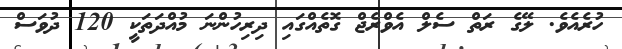
ހުރެއެވެ. ލޭގެ ރަތް ސެލް އެވްރެޖް ގޮތެއްގައި ދިރިހުންނަ މުއްދަތަކީ 120 ދުވަސް